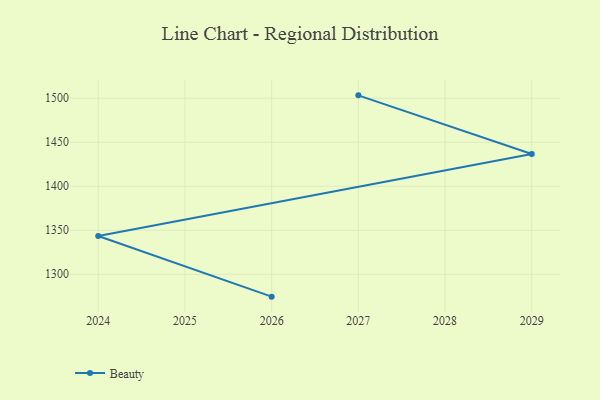
{"axis": {"x": "Year", "y": "Humidity (%)"}, "legend": ["Beauty"], "data": [{"x": "2026", "y": 1274.6, "type": "Beauty"}, {"x": "2024", "y": 1343.5, "type": "Beauty"}, {"x": "2029", "y": 1436.6, "type": "Beauty"}, {"x": "2027", "y": 1503.3, "type": "Beauty"}]}